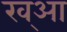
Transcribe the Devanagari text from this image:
ख्आ